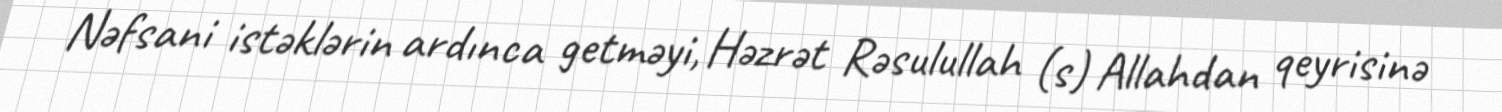
Nəfsani istəklərin ardınca getməyi, Həzrət Rəsulullah (s) Allahdan qeyrisinə